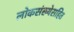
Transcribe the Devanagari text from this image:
लोकसंख्येसहित